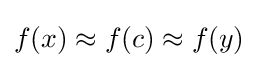
f(x)\approx f(c)\approx f(y)